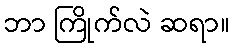
ဘာ ကြိုက်လဲ ဆရာ။